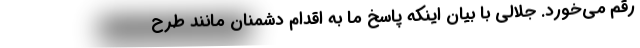
رقم می‌خورد. جلالی با بیان اینکه پاسخ ما به اقدام دشمنان مانند طرح